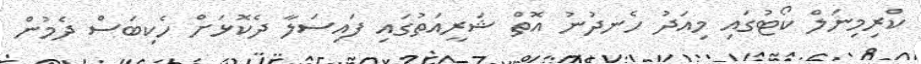
ކްރިމިނަލް ކޯޓުގައި މިއަދު ހެނދުނު އޮތް ޝަރީއަތުގައި ފައިސަލާ ދެކޮޅަށް ހެކިބަސް ދެމުން